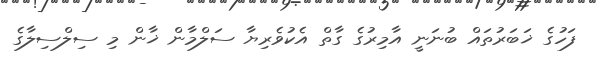
ފަހުގެ ޚަބަރުތައް ބުނަނީ އާމިރުގެ ގާތް އެކުވެރިޔާ ސަލްމާން ޚާން މި ސިލްސިލާގެ